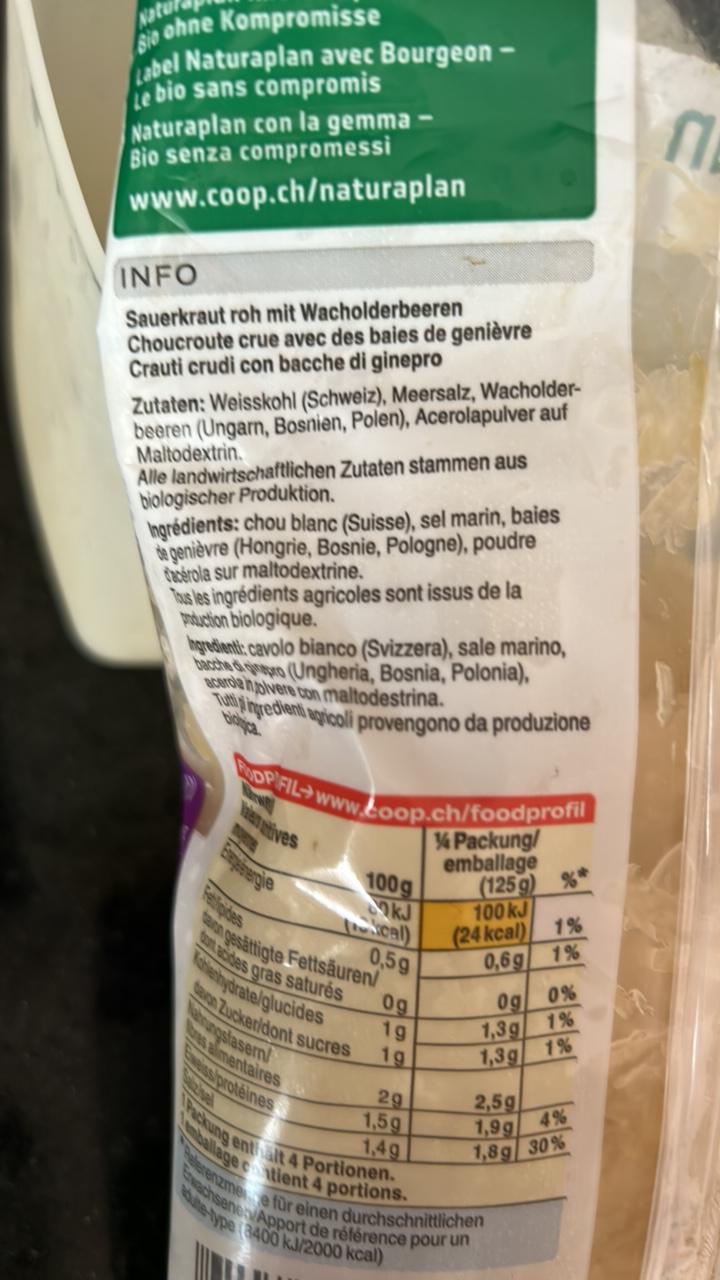
So ohne Kompromisse Label Naturaplan avec Bourgeon - e bio sans compromis Naturaplan con la gemma Bio senza compromessi www.coop.ch/naturaplan
INFO
Sauerkraut roh mit Wacholderbeeren Choucroute crue avec des baies de genièvre Crauti crudi con bacche di ginepro
Zutaten: Weisskohl (Schweiz), Meersalz, Wacholderbeeren (Ungarn, Bosnien, Polen), Acerolapulver auf Maltodextrin.
Alle landwirtschaftlichen Zutaten stammen aus biologischer Produktion.
Ingrédients: chou blanc (Suisse), sel marin, baies de genièvre (Hongrie, Bosnie, Pologne), poudre Cacerola sur maltodextrine.
Tous les ingrédients agricoles sont issus de la production biologique.
Ingredienti: cavolo bianco (Svizzera), sale marino, bacche dro (Ungheria, Bosnia, Polonia), acerola inolvere con maltodestrina.
ingredienti agricoli provengono da produzione
FDP FIL→www.coop.ch/foodprofil
Valeratives
100g
kJ
cal)
0,5g
dan pesättigte Fettsäuren/ dont acides gras saturés Kohlenhydrate/glucides
on Zucker/dont Nahrungsfasern/ es alimentaires weiss/protéines
sucres
Og
1g
1g
29
1,5g
1,4g
14Packung/
emballage
(125 g) %*
100 kJ
kcal)
0,6g
(24
og
1,3g
1,3g
Packung enthält 4 Portionen. mballage contient 4 portions. Erwachsene Apport de référence pour un erenzme e für einen durchschnittlichen
ute-type (8400 kJ/2000 kcal)
1%
1%
0%
1%
1%
2,5g
1,9g
4%
1,8g 30%
N